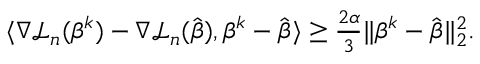
\begin{array} { r l } & { \langle \nabla { \mathcal L } _ { n } ( { \boldsymbol { \beta } } ^ { k } ) - \nabla { \mathcal L } _ { n } ( \hat { \boldsymbol { \beta } } ) , { \boldsymbol { \beta } } ^ { k } - \hat { \boldsymbol { \beta } } \rangle \geq \frac { 2 \alpha } { 3 } \| { \boldsymbol { \beta } } ^ { k } - \hat { \boldsymbol { \beta } } \| _ { 2 } ^ { 2 } . } \end{array}